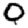
Digit: 0